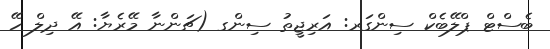
ބެސްޓް ޕްލޭބެކް ސިންގަރ: އަރިޖީތު ސިންގ (ޗަންނާ މޭރެޔާ: އޭ ދިލް ހޭ